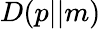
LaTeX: D(p||m)